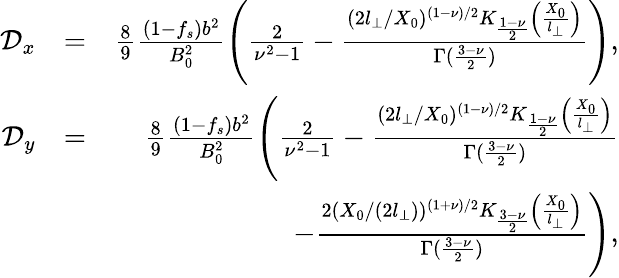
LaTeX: \begin{array}{rlr}{\mathcal{D}_{x}}&{=}&{\frac{8}{9}\frac{(1-f_{s})b^{2}}{B_{0}^{2}}\left(\frac{2}{\nu^{2}-1}-\frac{(2l_{\perp}/X_{0})^{(1-\nu)/2}K_{\frac{1-\nu}{2}}\left(\frac{X_{0}}{l_{\perp}}\right)}{\Gamma(\frac{3-\nu}{2})}\right),}\\ {\mathcal{D}_{y}}&{=}&{\frac{8}{9}\frac{(1-f_{s})b^{2}}{B_{0}^{2}}\left(\frac{2}{\nu^{2}-1}-\frac{(2l_{\perp}/X_{0})^{(1-\nu)/2}K_{\frac{1-\nu}{2}}\left(\frac{X_{0}}{l_{\perp}}\right)}{\Gamma(\frac{3-\nu}{2})}\right.}\\ &{}&{\left.-\frac{2(X_{0}/(2l_{\perp}))^{(1+\nu)/2}K_{\frac{3-\nu}{2}}\left(\frac{X_{0}}{l_{\perp}}\right)}{\Gamma(\frac{3-\nu}{2})}\right),}\end{array}